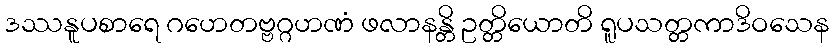
ဒဿနူပစာရေ ဂဟေတဗ္ဗဂ္ဂဟဏံ ဖလာနန္တိ ဥတ္တိယောတိ ရူပသတ္တကာဒိဝသေန